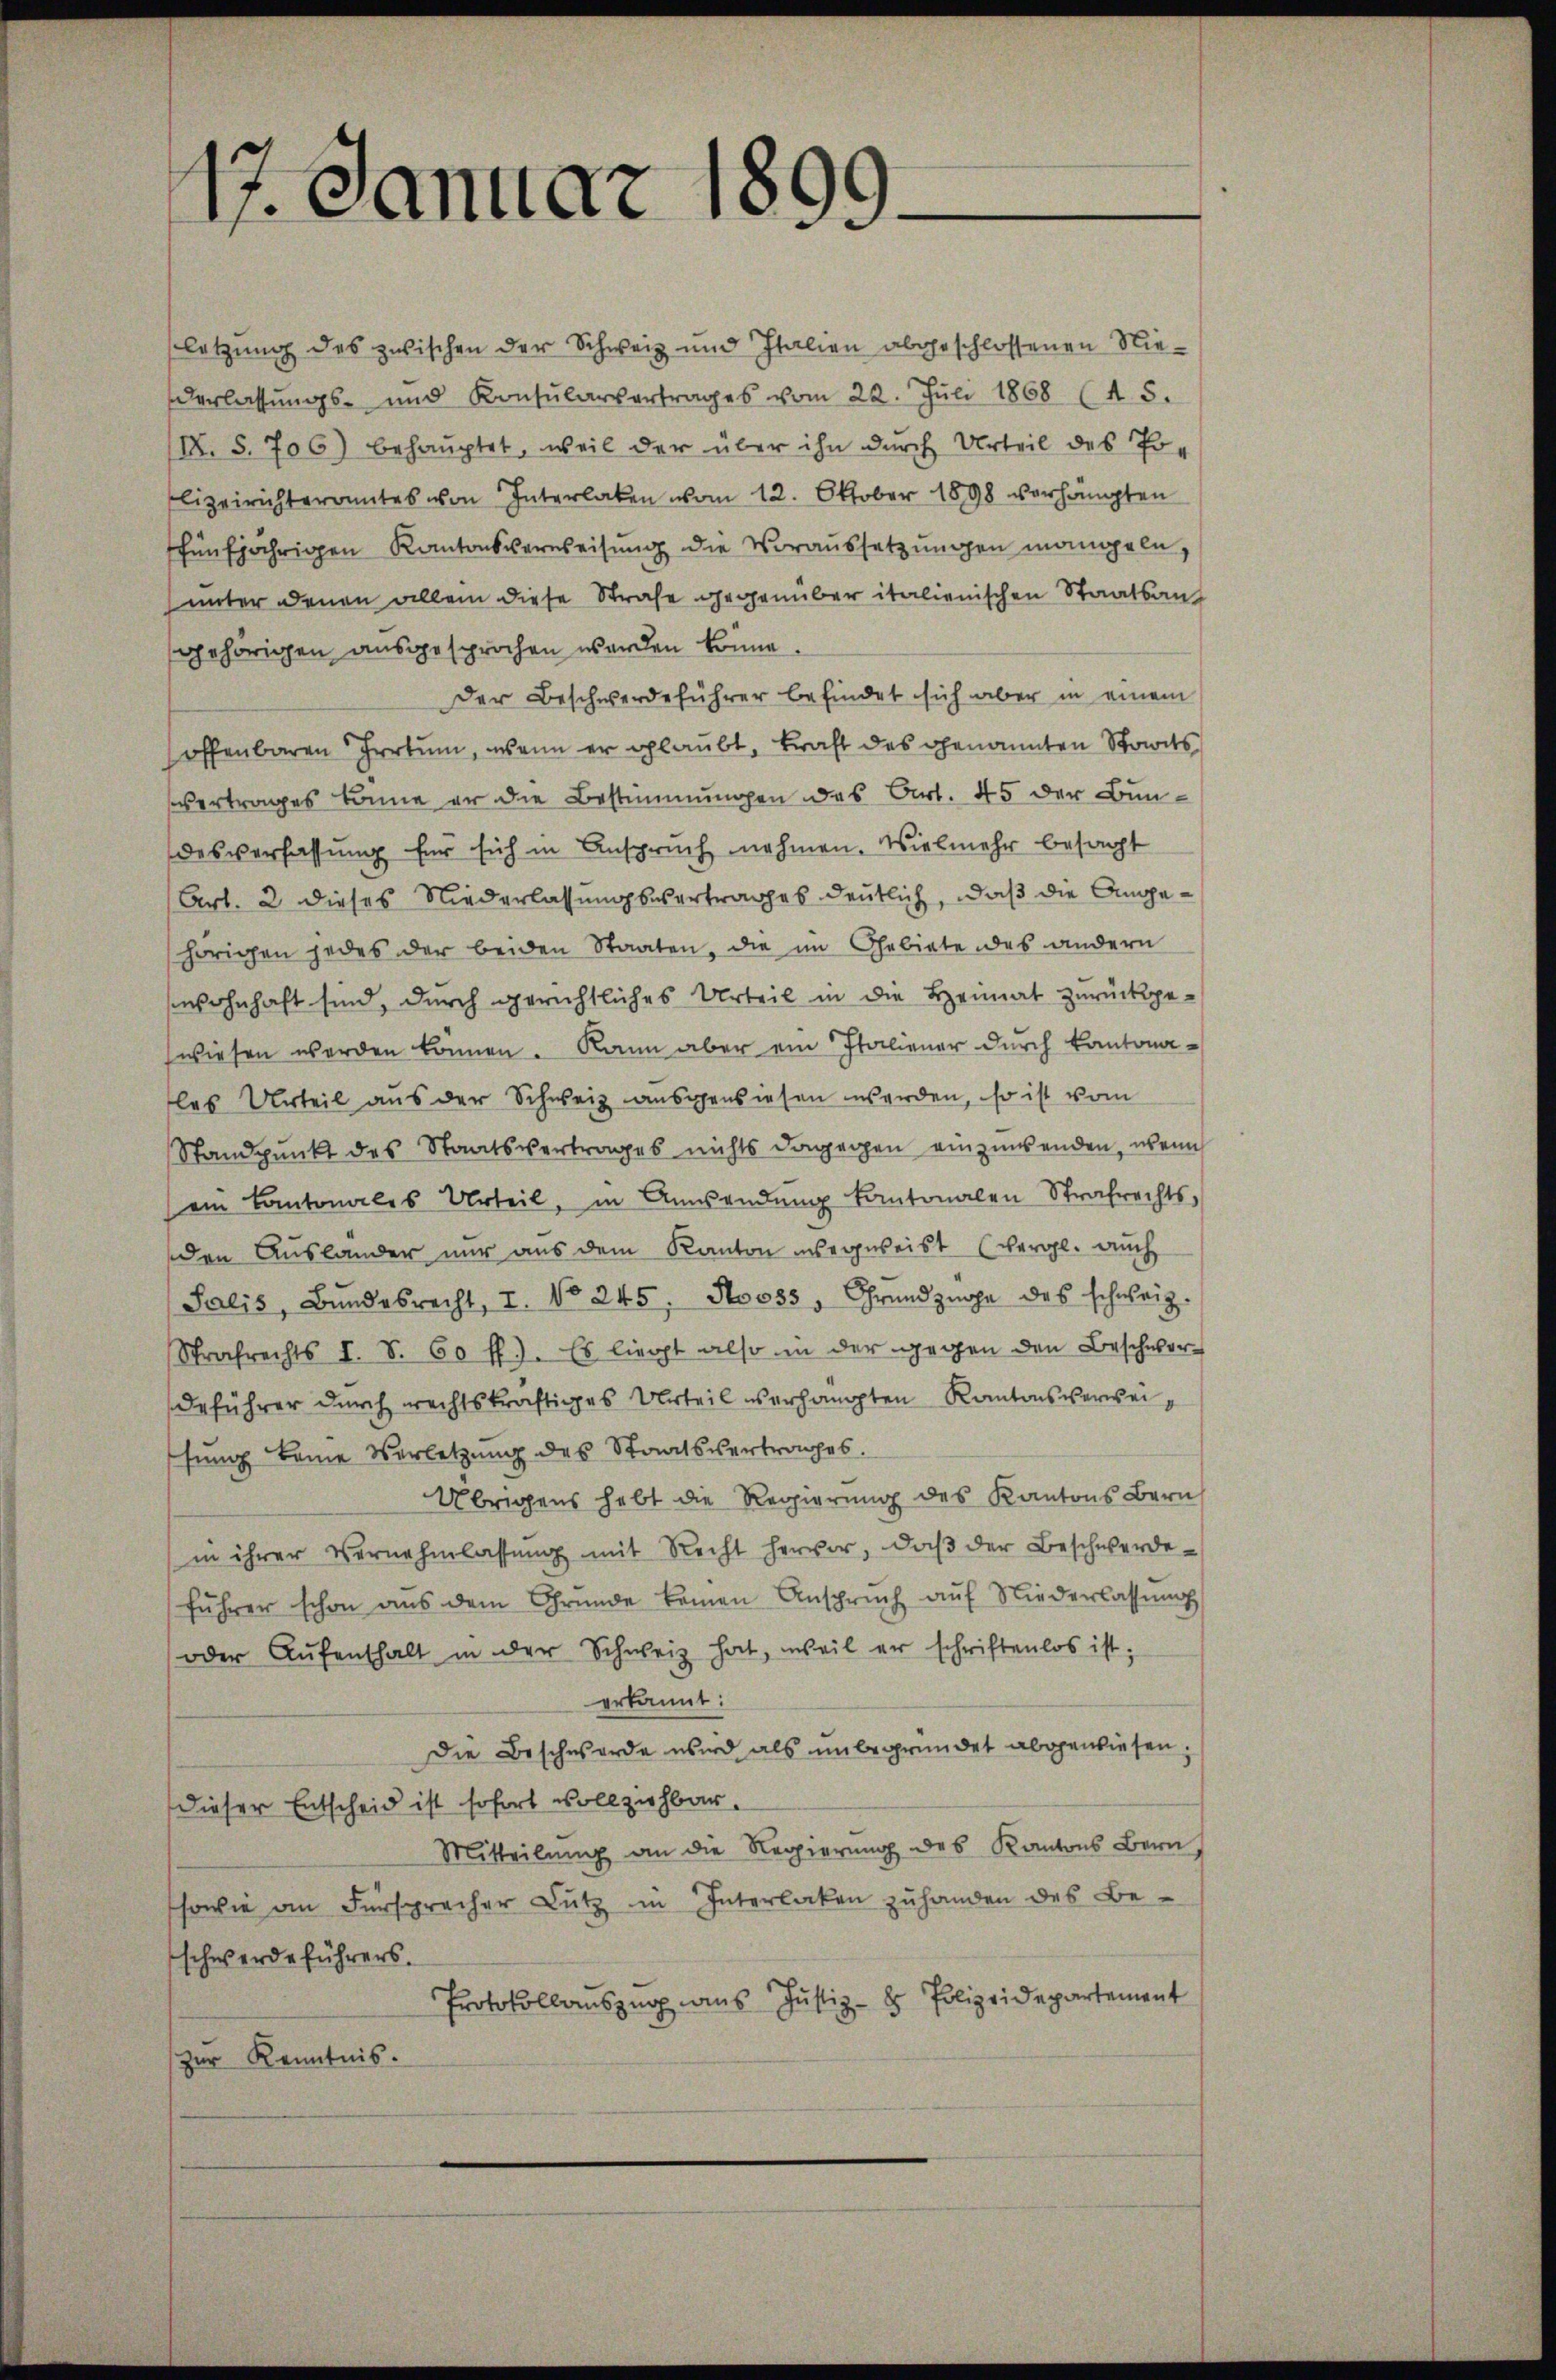
.
17. Januar 189

letzung des zwischen der Schweiz und Italien abgeschlossenen Niederlassungs- und Konsularvertrages vom 22. Jŭli 1868 (4. 5.
IX. S. 706) behauptet, weil der über ihn durch Urteil des Polizeirichteramtes von Interlaken vom 12. Oktober 1898 verhängten
hünfjährigen Kantonsverweisung die Voraussetzungen mangeln,
unter denen allem diese Strafe gegenüber italienischen Staatsanf
gehörigen ausgesprochen werden könne
Der Beschwerdeführer befindet sich aber in einem
soffenbaren Irrtum, wenn er glaubt, kraft des genannten Staats
vertrages könne er die Bestimmungen das Art. 45 der Bundesverfassung für sich in Anspruch nehmen. Vielmehr besagt
Art. 2. dieses Niederlassungsevertrages deutlich, daß die Angehörigen jedes der beiden Staaten, die im Gebiete des andern
wohnhaft sind, durch gerichtliches Urteil in die Heimat zurückge-
wiesen werden können. Kann aber ein Italiener durch kantonales Urteil aus der Schweiz ausgewiesen werden, so ist vom
Standpunkt des Staatsvertrages nichts dagegen einzuwenden, wenn
ein Kantonales Urteil, in Anwendŭng kantonalen Strafrechts-
den Auslander nur aus dem Kanton wegweist (vergl. auch
Salis, Bŭndesrecht, I. No 245, Stooss, Grundzüge des schweiz.
Strafrechts I. S. 60 ff.). Es liegt also in der gegen den Beschwerdeführer durch rechtskräftiges Urteil verhängten Kantonsverweisung keine Verletzung des Staatsvertrages.
Übrigens hebt die Regierung des Kantons Bern
in ihrer Vernehmlassŭng mit Recht hervor, daβ der Beschwerde-
führer schon aus dem Grunde keinen Anspruch auf Niederlassung
oder Aŭfenthalt in der Schweiz hat, weil er schriftenlos ist;
erkannt:
Die Beschwerde wird als ŭnbegründet abgewiesen;
Dieser Entscheid ist sofort vollziehbar.
Mitteilŭng an die Regierung des Kantons Bern,
sowie an Fürsprecher Lutz in Interlaken zuhanden des Be-
schwerdeführers.
Protokollauszug aus Justiz- & Polizeidepartement
zur Kenntnis.